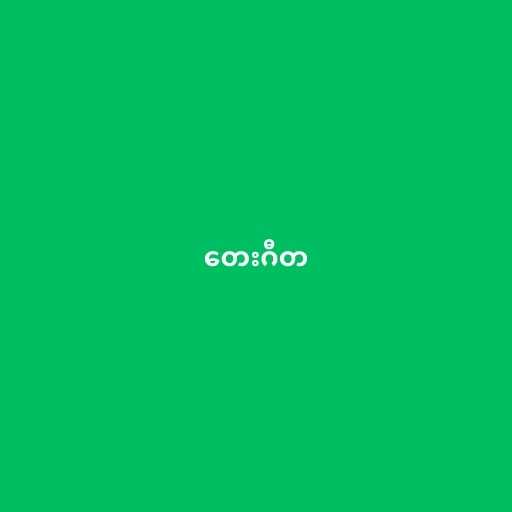
တေးဂီတ